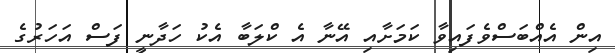
އިން އެއްބަސްވެފައިވާ ކަމަށާއި އޭނާ އެ ކްލަބާ އެކު ހަދާނީ ފަސް އަހަރުގެ